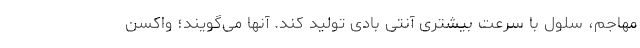
مهاجم، سلول با سرعت بیشتری آنتی بادی تولید کند. آنها می‌گویند؛ واکسن